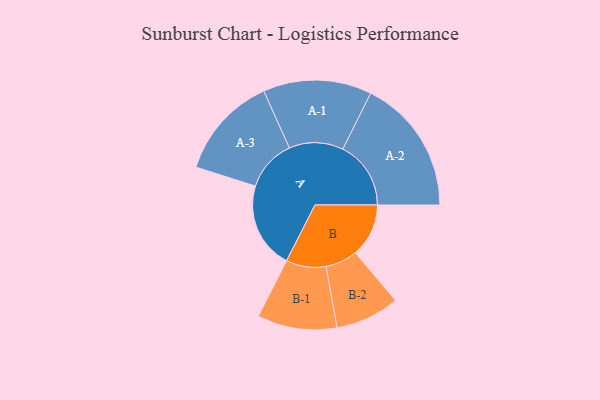
{"axis": {"x": "Segment", "y": "Value"}, "legend": ["", "A", "B"], "data": [{"x": "A", "y": 288, "type": ""}, {"x": "B", "y": 178, "type": ""}, {"x": "A-1", "y": 181, "type": "A"}, {"x": "A-2", "y": 227, "type": "A"}, {"x": "A-3", "y": 172, "type": "A"}, {"x": "B-1", "y": 133, "type": "B"}, {"x": "B-2", "y": 107, "type": "B"}]}